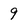
Character: 9